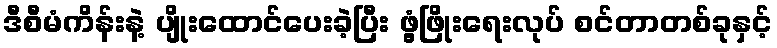
ဒီစီမံကိန်းနဲ့ ပျိုးထောင်ပေးခဲ့ပြီး ဖွံ့ဖြိုးရေးလုပ် စင်တာတစ်ခုနှင့်